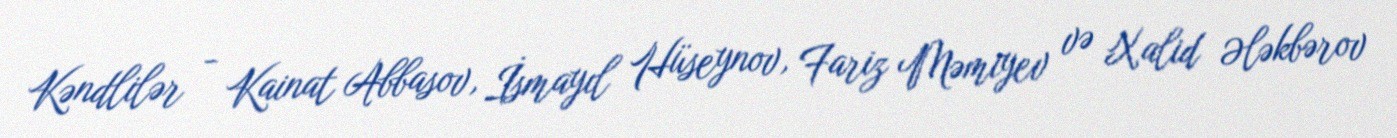
Kəndlilər - Kainat Abbasov, İsmayıl Hüseynov, Fariz Məmiyev və Xalid Ələkbərov